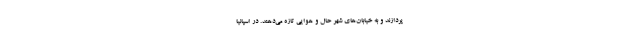
‌پردازند و به خیابان‌های شهر حال و هوایی تازه می‌دهند. در اسپانیا